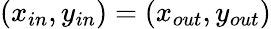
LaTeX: (x_{in},y_{in})=(x_{out},y_{out})